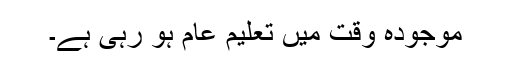
موجودہ وقت میں تعلیم عام ہو رہی ہے۔